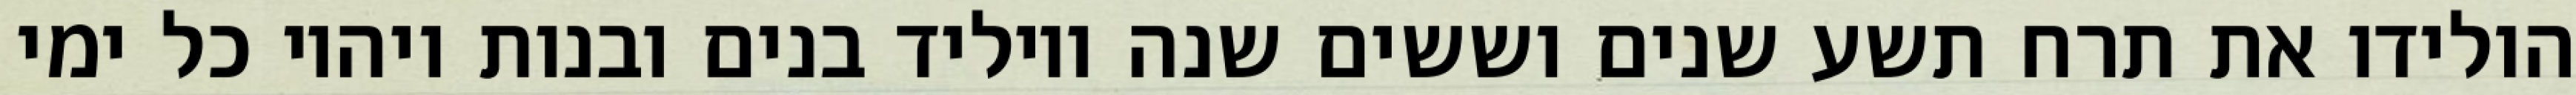
הולידו את תרח תשע שנים וששים שנה ויוליד בנים ובנות ויהיו כל ימי